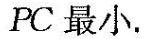
PC最小.